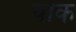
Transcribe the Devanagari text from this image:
षोक